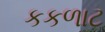
કકળાટ